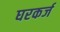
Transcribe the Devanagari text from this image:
घरकर्ज